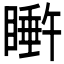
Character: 𬑩